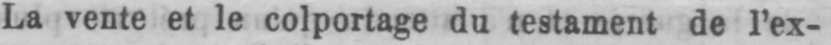
La vente et le colportage du testament de l’ex-